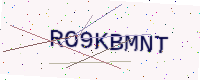
Text: RO9KBMNT